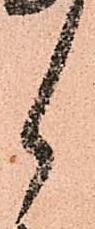
ら